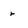
Character: r